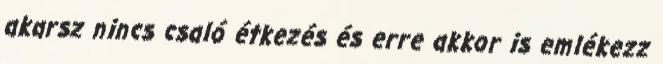
akarsz nincs csaló étkezés és erre akkor is emlékezz